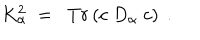
LaTeX: \; K _ { \alpha } ^ { 2 } \; = \; \; T r \left( c \; D _ { \alpha } \; c \right) \; .